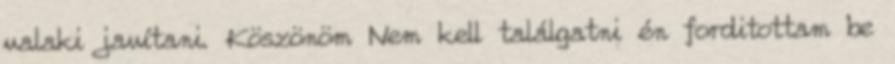
valaki javítani. Köszönöm Nem kell találgatni én forditottam be